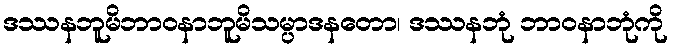
ဒဿနဘူမိဘာဝနာဘူမိသမ္ပာဒနတော၊ ဒဿနဘုံ ဘာဝနာဘုံကို